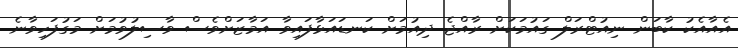
އެއާއެކު ކާބަން ނިއުޓްރަލް ގައުމަކަށް ރާއްޖެ ދިއުމަށް ކަނޑައަޅާފައިވާ އަމާޒަށްވެސް ވާސިލުވުމަށް މަގުފަހިވާނެ